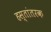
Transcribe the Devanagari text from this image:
हस्तांतरक